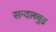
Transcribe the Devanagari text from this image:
सन्दलवुड